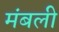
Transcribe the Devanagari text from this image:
मंबली